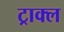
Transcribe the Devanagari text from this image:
ट्राक्ल